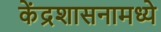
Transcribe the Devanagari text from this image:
केंद्रशासनामध्ये